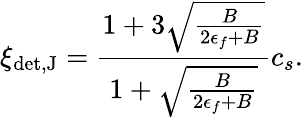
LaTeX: \xi_{\mathrm{det,J}}={\frac{1+3\sqrt{\frac{B}{2\epsilon_{f}+B}}}{1+\sqrt{\frac{B}{2\epsilon_{f}+B}}}}c_{s}.